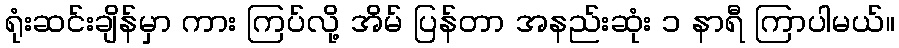
ရုံးဆင်းချိန်မှာ ကား ကြပ်လို့ အိမ် ပြန်တာ အနည်းဆုံး ၁ နာရီ ကြာပါမယ်။